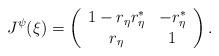
LaTeX: \begin{align*} J^{\mathcal{\psi}}(\xi)=\left(\begin{array}{cc} 1-r_\eta r^*_\eta & -r^*_{\eta}\\ r_{\eta} & 1 \end{array}\right). \end{align*}